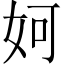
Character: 妸